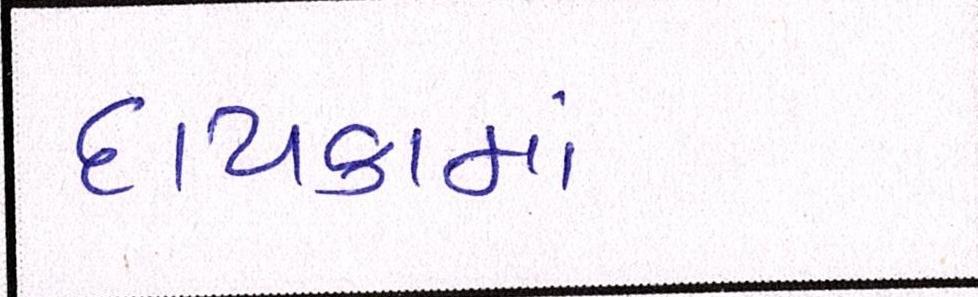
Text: દાયકામાં